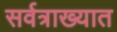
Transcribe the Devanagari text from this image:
सर्वत्राख्यात